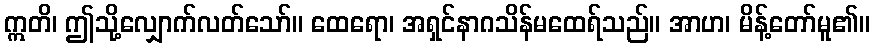
ဣတိ၊ ဤသို့လျှောက်လတ်သော်။ ထေရော၊ အရှင်နာဂသိန်မထေရ်သည်။ အာဟ၊ မိန့်တော်မူ၏။